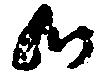
候